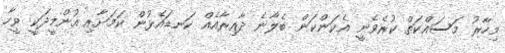
މިހާރު މަސައްކަތް ކުރެވެނީ އެކަންކަން ބެލާނެ ދާއިރާއެއް ކަނޑައެޅުން ކަމަށާއި އުންމީދަކީ ވީހާ